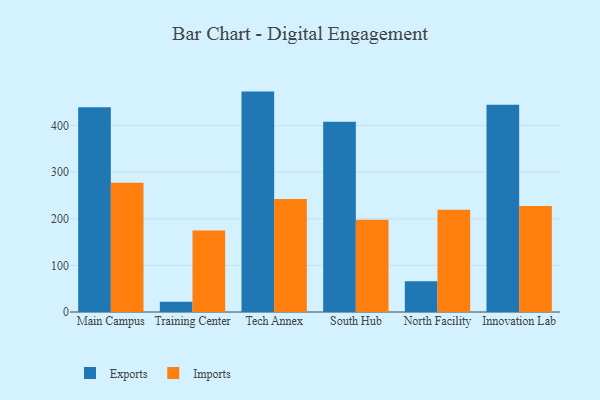
{"axis": {"x": "Campus", "y": "Conversion Rate (%)"}, "legend": ["Exports", "Imports"], "data": [{"x": "Main Campus", "y": 438.9, "type": "Exports"}, {"x": "Main Campus", "y": 277.2, "type": "Imports"}, {"x": "Training Center", "y": 22.1, "type": "Exports"}, {"x": "Training Center", "y": 174.8, "type": "Imports"}, {"x": "Tech Annex", "y": 472.7, "type": "Exports"}, {"x": "Tech Annex", "y": 242.1, "type": "Imports"}, {"x": "South Hub", "y": 407.9, "type": "Exports"}, {"x": "South Hub", "y": 197.7, "type": "Imports"}, {"x": "North Facility", "y": 65.9, "type": "Exports"}, {"x": "North Facility", "y": 219.1, "type": "Imports"}, {"x": "Innovation Lab", "y": 444.4, "type": "Exports"}, {"x": "Innovation Lab", "y": 227.3, "type": "Imports"}]}